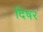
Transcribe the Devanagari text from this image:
दिषर